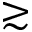
\gtrsim